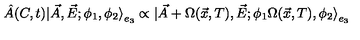
\hat { A } ( C , t ) | \vec { A } , \vec { E } ; \phi _ { 1 } , \phi _ { 2 } { \rangle } _ { e _ { 3 } } \propto | \vec { A } + \Omega ( \vec { x } , T ) , \vec { E } ; \phi _ { 1 } \Omega ( \vec { x } , T ) , \phi _ { 2 } { \rangle } _ { e _ { 3 } }